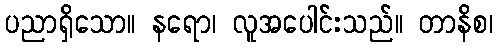
ပညာရှိသော။ နရော၊ လူအပေါင်းသည်။ တာနိစ၊